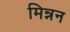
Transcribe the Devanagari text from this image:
मिन्नन